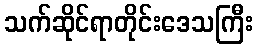
သက်ဆိုင်ရာတိုင်းဒေသကြီး